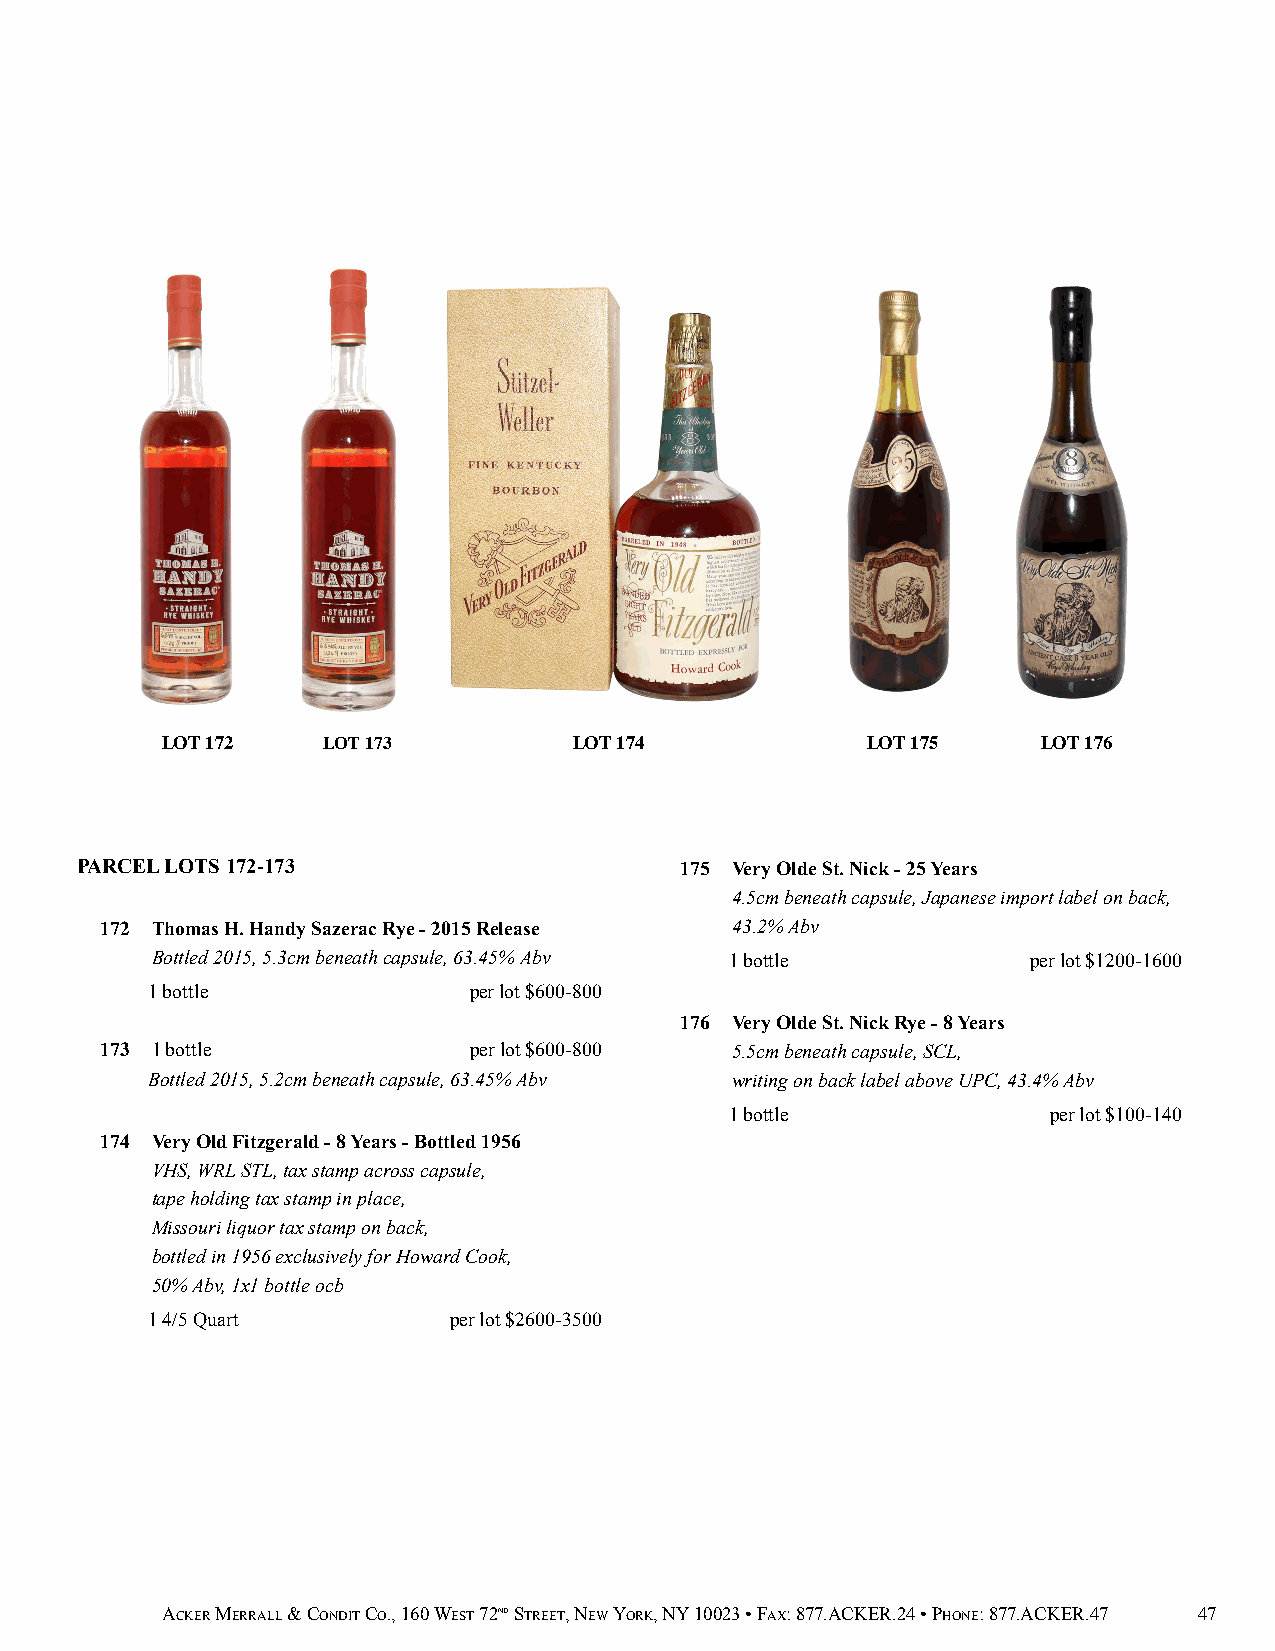
LOT 172   LOT 173          LOT 174            LOT 175     LOT 176
 PARCEL LOTS 172-173                     175 Very Olde St. Nick - 25 Years
 4.5cm beneath capsule, Japanese import label on back,
 172 Thomas H. Handy Sazerac Rye - 2015 Release 43.2% Abv
 Bottled 2015, 5.3cm beneath capsule, 63.45% Abv 1 bottle  per lot $1200-1600
 1 bottle             per lot $600-800
 176 Very Olde St. Nick Rye - 8 Years
 173 1 bottle            per lot $600-800 5.5cm beneath capsule, SCL,
 Bottled 2015, 5.2cm beneath capsule, 63.45% Abv writing on back label above UPC, 43.4% Abv
 1 bottle              per lot $100-140
 174 Very Old Fitzgerald - 8 Years - Bottled 1956
 VHS, WRL STL, tax stamp across capsule,
 tape holding tax stamp in place,
 Missouri liquor tax stamp on back,
 bottled in 1956 exclusively for Howard Cook,
 50% Abv, 1x1 bottle ocb
 1 4/5 Quart         per lot $2600-3500
 ACKER MERRALL & CONDIT CO., 160 WEST 72ND STREET, NEW YORK, NY 10023 • FAX: 877.ACKER.24 • PHONE: 877.ACKER.47 47